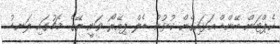
ކެޕްޓަން ބޭންޑް އަޅައިގެން ކުޅުނު ޑެލް ޕިއޭރޯ ވަނީ ރޭގެ މެޗުގައި ލަނޑު